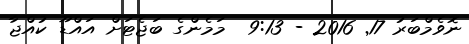
ނޮވެމްބަރު 17